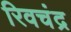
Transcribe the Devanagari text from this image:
रिवचंद्र